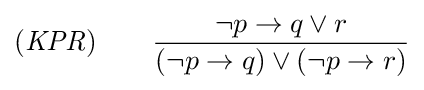
({\mathit {KPR}})\qquad {\frac {\neg p\to q\lor r}{(\neg p\to q)\lor (\neg p\to r)}}